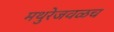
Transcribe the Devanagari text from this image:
मथुरेजवळच